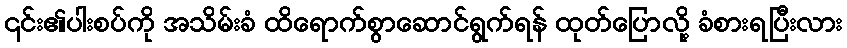
၎င်း၏ပါးစပ်ကို အသိမ်းခံ ထိရောက်စွာဆောင်ရွက်ရန် ထုတ်ပြောလို့ ခံစားရပြီးလား